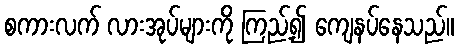
စကားလက် လားအုပ်များကို ကြည့်၍ ကျေနပ်နေသည်။